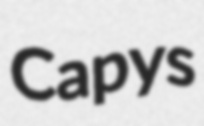
Capys